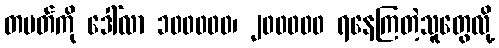
တပတ်ကို ဒေါ်လာ ၁၀၀၀၀၀၊ ၂၀၀၀၀၀ ရနေကြတဲ့သူတွေလို့